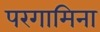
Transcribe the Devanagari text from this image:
परगामिना